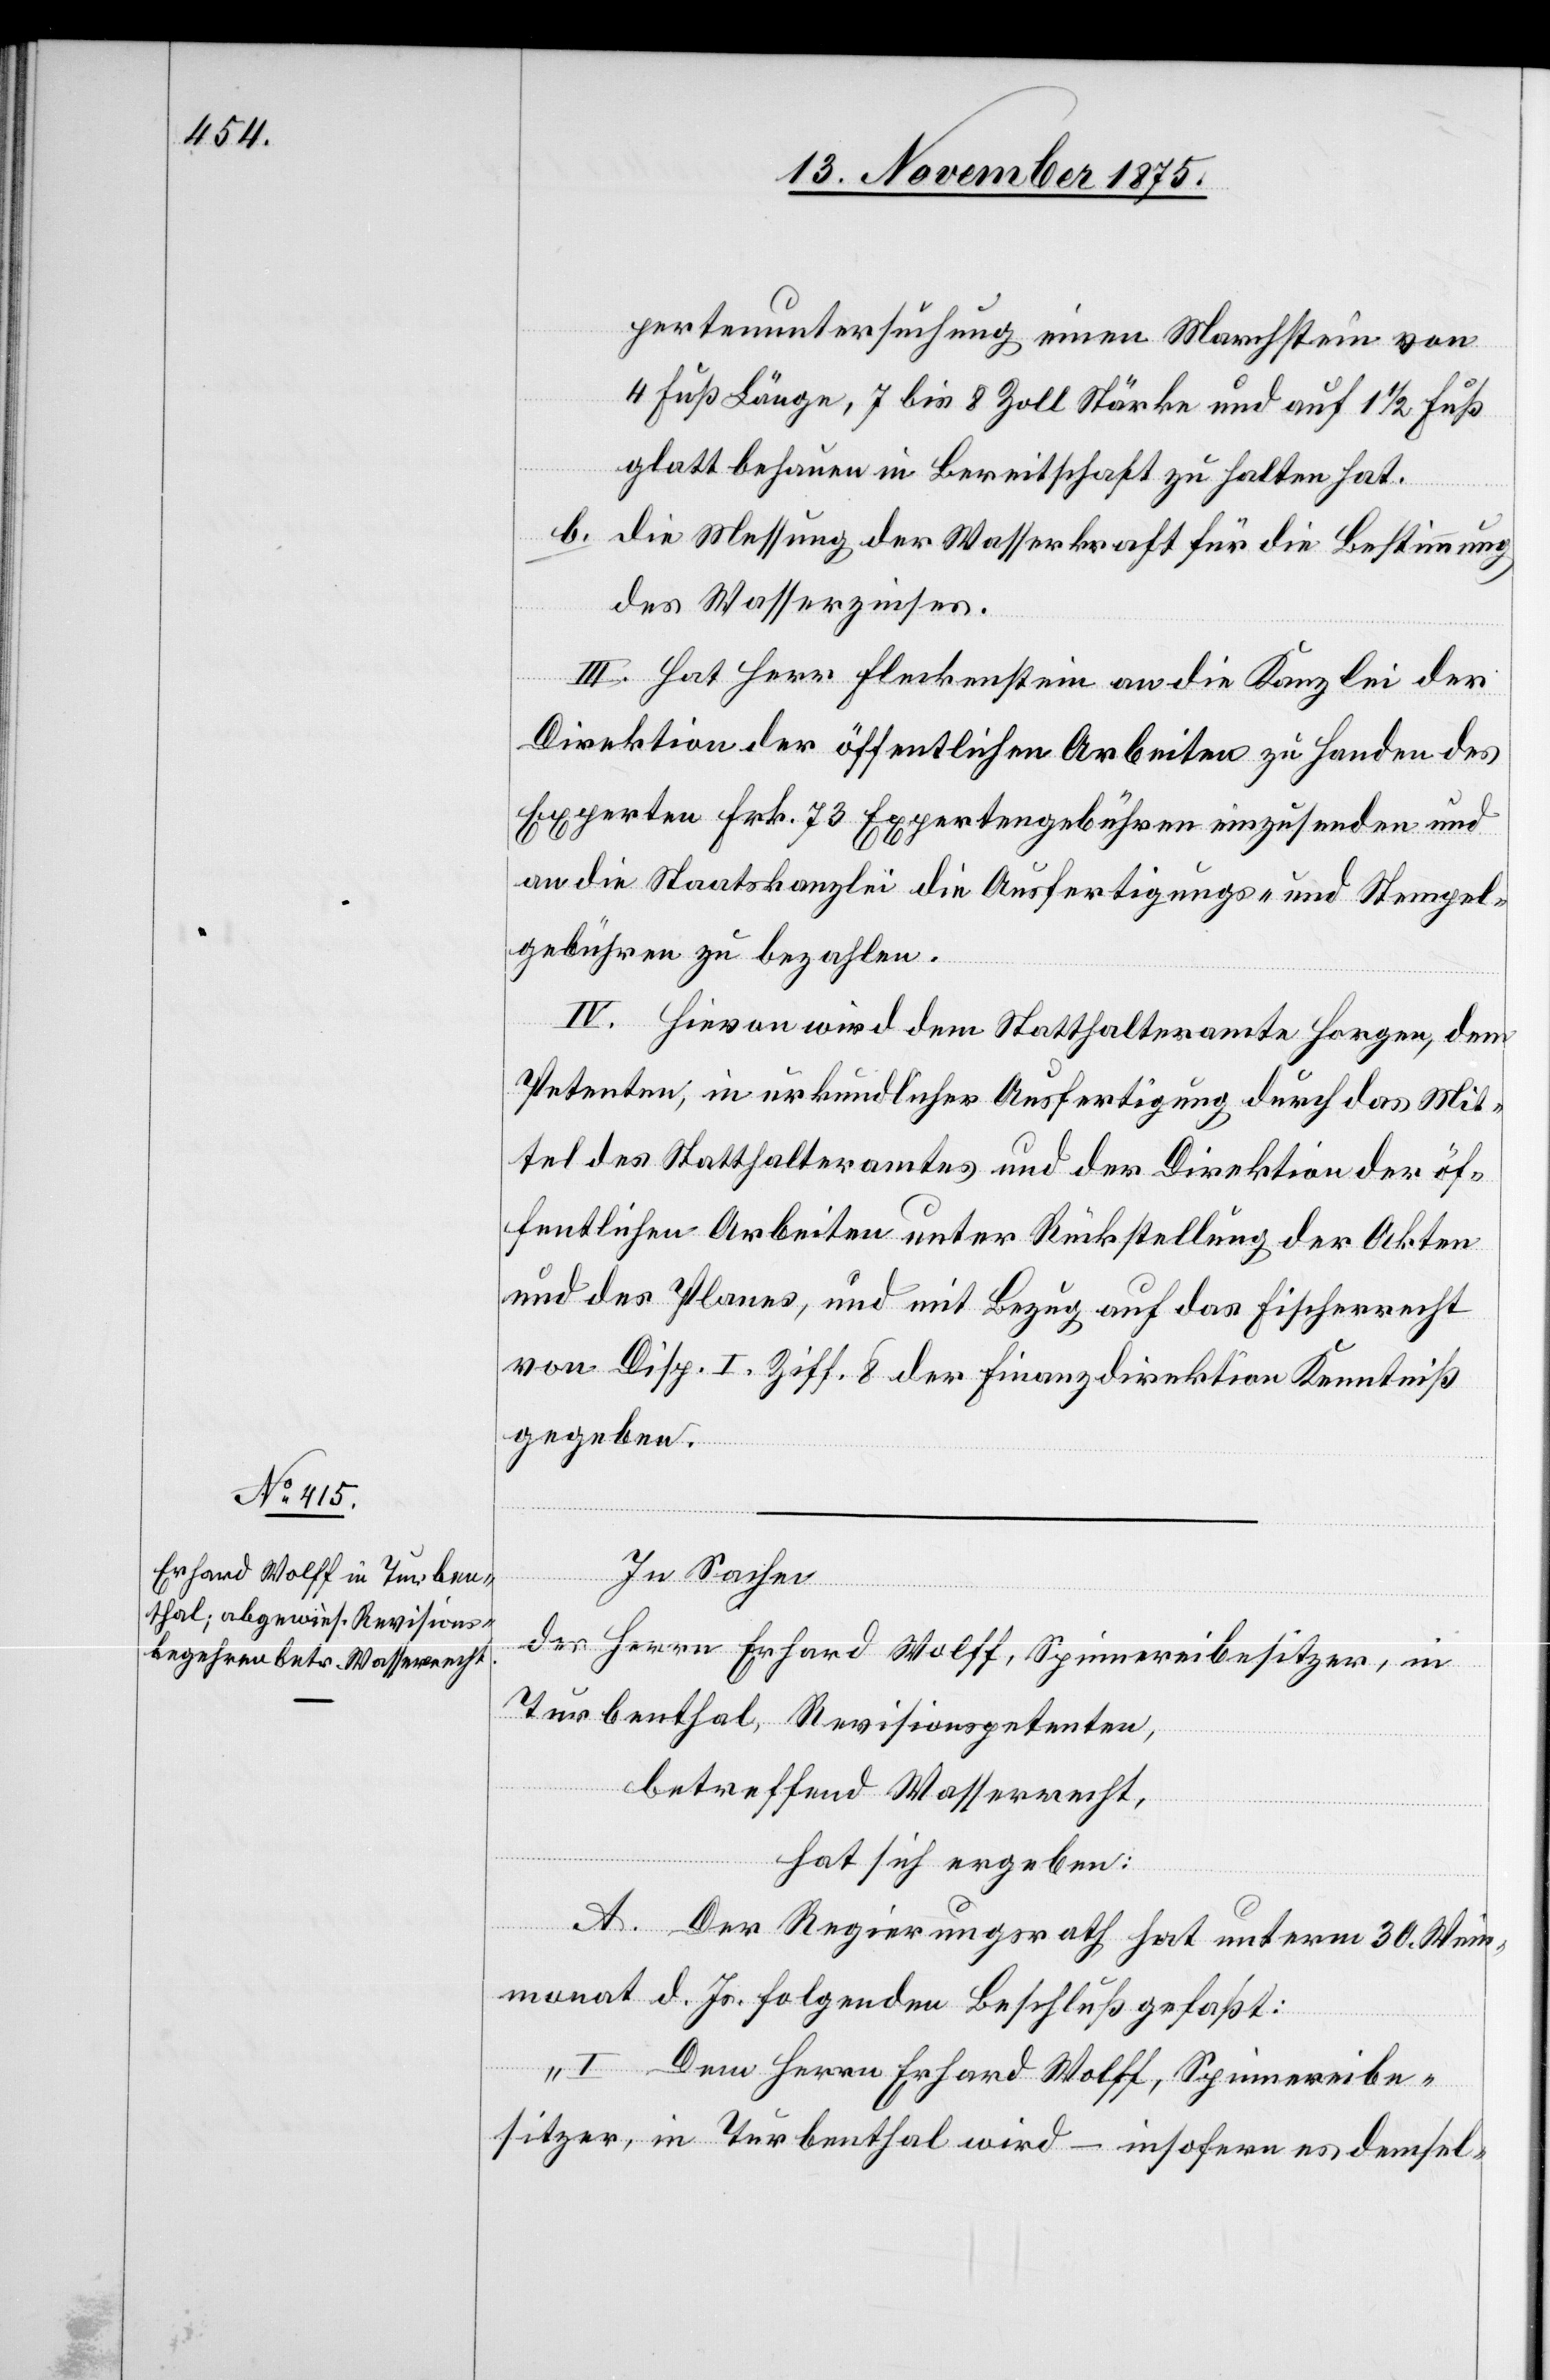
pertenuntersuchung einen Marchstein von
4 Fuß Länge, 7 bis 8 Zoll Stärke und auf 1 1/2 Fuß
glatt behauen in Bereitschaft zu halten hat.
b. Die Messung der Wasserkraft für die Bestimmung
des Wasserzinses.
III. Hat Herr Fleckenstein an die Kanzlei der
Direktion der öffentlichen Arbeiten zu Handen des
Experten Frk. 73 Expertengebühren einzusenden und
an die Staatskanzlei die Ausfertigungs- und Stempel¬
gebühren zu bezahlen.
IV. Hievon wird dem Statthalteramte Horgen, dem
Petenten, in urkundlicher Ausfertigung durch das Mit¬
tel des Statthalteramtes und der Direktion der öf¬
fentlichen Arbeiten unter Rückstellung der Akten
und des Planes, und mit Bezug auf das Fischerrecht
von Disp. I Ziff. 8 der Finanzdirektion Kenntniß
gegeben.
In Sachen
des Herrn Erhard Wolff, Spinnereibesitzer, in
Turbenthal, Revisionspetenten,
betreffend Wasserrecht,
hat sich ergeben:
A. Der Regierungsrath hat unterm 30. Wein¬
monat d. Js. folgenden Beschluß gefaßt:
„I. Dem Herrn Erhard Wolff, Spinnereibe¬
sitzer, in Turbenthal wird – insofern es demsel-